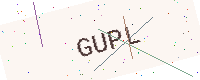
Text: GUPL